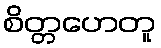
စိတ္တဟေတူ